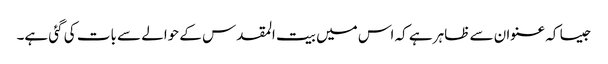
جیسا کہ عنوان سے ظاہر ہے کہ اس میں بیت المقدس کے حوالے سے بات کی گئی ہے۔